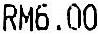
RM6.00